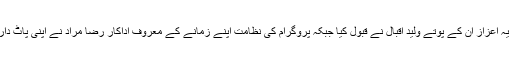
اقبال کے لیے یہ اعزاز ان کے پوتے وليد اقبال نے قبول کیا جبکہ پروگرام کی نظامت اپنے زمانے کے معروف اداکار رضا مراد نے اپنی پاٹ دار آواز میں کیا۔